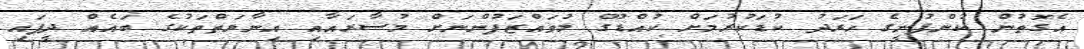
އެގޮތުން ކުންފުނީގެ ހަރަދު ކުޑަކުރުމަށް ކުއްޑޫގެ މުވައްޒަފުންނަށް މުސާރައާއި އިނާޔަތްތަކުގެ ބައެއް ދީފައި